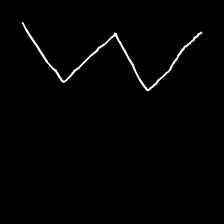
Glyph: crush